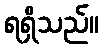
ရရှိသည်။